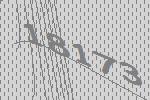
18173